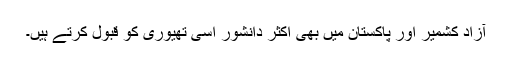
آزاد کشمیر اور پاکستان میں بھی اکثر دانشور اسی تھیوری کو قبول کرتے ہیں۔